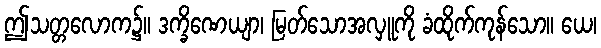
ဤသတ္တလောက၌။ ဒက္ခိဏေယျာ၊ မြတ်သောအလှူကို ခံထိုက်ကုန်သော။ ယေ၊